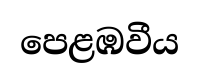
පෙළඹවීය